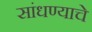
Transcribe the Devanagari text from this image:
सांधण्याचे